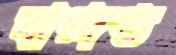
বাগ্‌দণ্ড